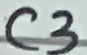
Text: C3